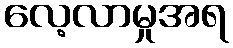
လေ့လာမှုအရ